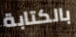
بالكتابة